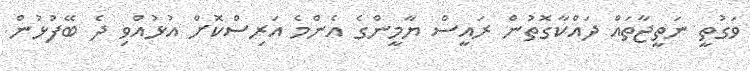
ވަގުތީ ނަތީޖާތައް ދައްކާގޮތުން ރައީސް ޔާމީންގެ އެންމެ އަރިސްކޮށް އުޅުއްވި ދެ ބޭފުޅުން